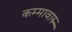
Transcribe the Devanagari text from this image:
कम्मावारु